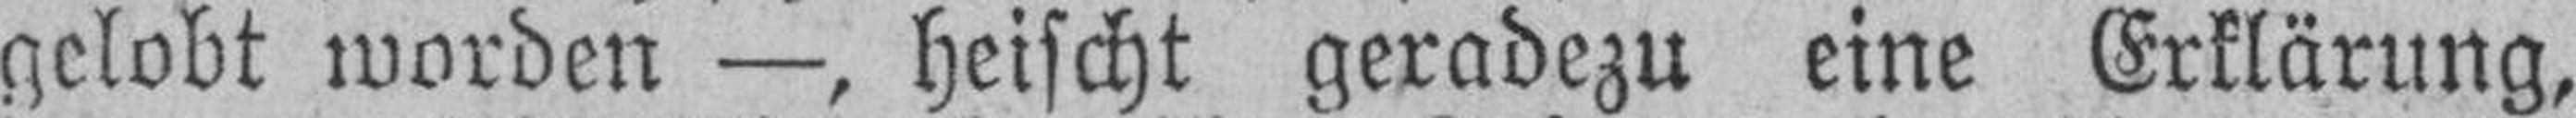
gelobt worden —, heischt geradezu eine Erklärung,